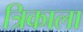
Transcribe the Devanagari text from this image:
त्रिकाला